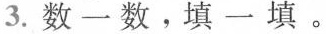
3. 数一数，填一填。